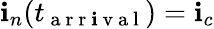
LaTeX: \mathbf{i}_{n}(t_{\mathrm{{~a~r~r~\mathbf{i}~v~a~l~}}})=\mathbf{i}_{c}